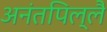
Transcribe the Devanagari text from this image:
अनंतपिल्लै